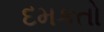
દમકતો